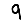
Digit: 9